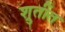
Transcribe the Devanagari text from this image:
श्रुतींत